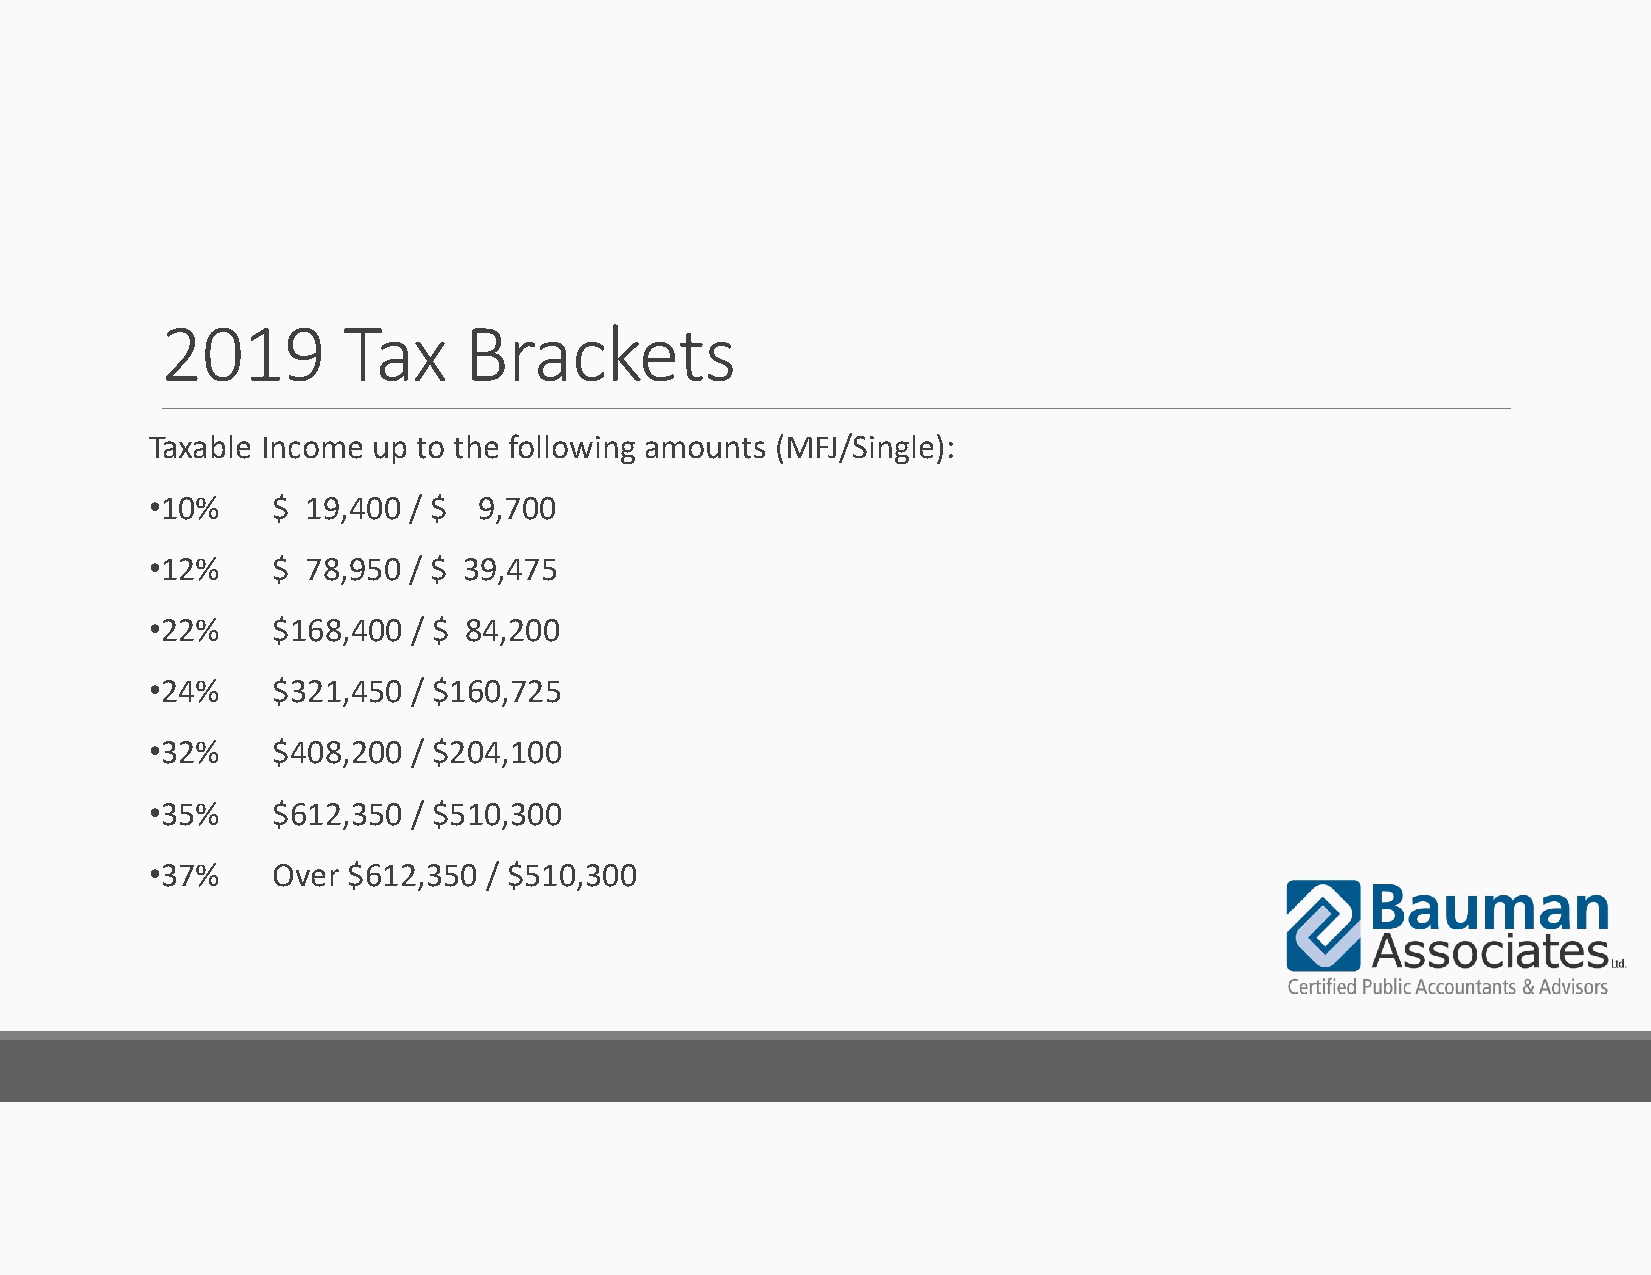
2019        Tax     Brackets
 Taxable Income up to the following amounts (MFJ/Single):
 •10%    $ 19,400 / $  9,700
 •12%    $ 78,950 / $ 39,475
 •22%    $168,400 / $ 84,200
 •24%    $321,450 / $160,725
 •32%    $408,200 / $204,100
 •35%    $612,350 / $510,300
 •37%    Over $612,350 / $510,300